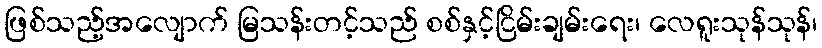
ဖြစ်သည့်အလျောက် မြသန်းတင့်သည် စစ်နှင့်ငြိမ်းချမ်းရေး၊ လေရူးသုန်သုန်၊